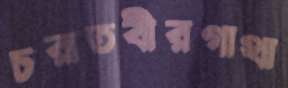
চরাতবীরগাথা